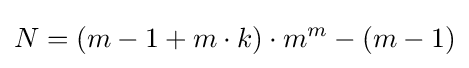
N=(m-1+m\cdot k)\cdot m^{m}-(m-1)